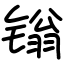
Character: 𬭩